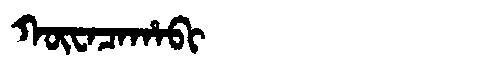
Manchu: ᡴᡡᠸᠠᠴᠠᡥᠠᠪᡳ
Romanization: KŪWACAHABI